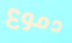
دموع